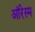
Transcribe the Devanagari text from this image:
ऑरेस्म